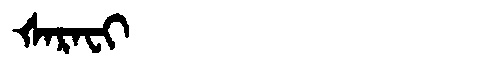
Manchu: ᡧᠠᡵᠠᠸᡳ
Romanization: ŠARAFI